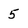
Character: 5